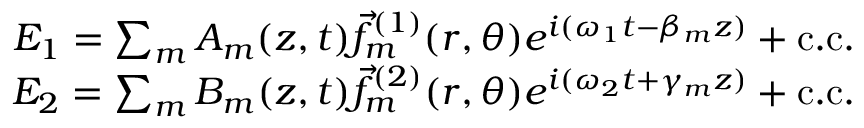
\begin{array} { r } { E _ { 1 } = \sum _ { m } A _ { m } ( z , t ) \vec { f } _ { m } ^ { ( 1 ) } ( r , \theta ) e ^ { i ( \omega _ { 1 } t - \beta _ { m } z ) } + \mathrm { c . c . } } \\ { E _ { 2 } = \sum _ { m } B _ { m } ( z , t ) \vec { f } _ { m } ^ { ( 2 ) } ( r , \theta ) e ^ { i ( \omega _ { 2 } t + \gamma _ { m } z ) } + \mathrm { c . c . } } \end{array}